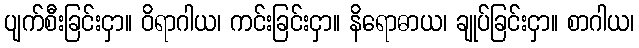
ပျက်စီးခြင်းငှာ။ ဝိရာဂါယ၊ ကင်းခြင်းငှာ။ နိရောဓာယ၊ ချုပ်ခြင်းငှာ။ စာဂါယ၊